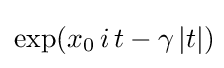
\displaystyle \exp(x_{0}\,i\,t-\gamma \,|t|)\!